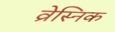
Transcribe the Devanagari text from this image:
व्रेस्निक